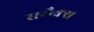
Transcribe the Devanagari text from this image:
ससैक्स